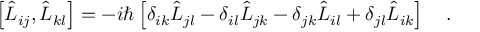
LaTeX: \left[ \hat { L } _ { i j } , \hat { L } _ { k l } \right] = - i \hbar \left[ \delta _ { i k } \hat { L } _ { j l } - \delta _ { i l } \hat { L } _ { j k } - \delta _ { j k } \hat { L } _ { i l } + \delta _ { j l } \hat { L } _ { i k } \right] \ \ \ .